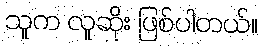
သူက လူဆိုး ဖြစ်ပါတယ်။